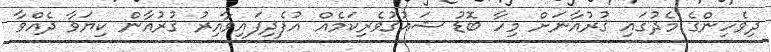
ދިވެހިންގެ މެދުގައި ޤުރުއާނަށް މިހާ ބޮޑު ޝައުޤުވެެރިކަމެއް އުފެދިފައިވާއިރު ޤުރުއާން ކިޔަވާ ދެއްވާ